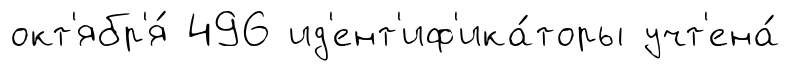
окт'ябр'я́ 496 ид'ент'иф'ика́торы учт'ена́